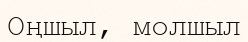
Оңшыл, молшыл